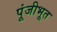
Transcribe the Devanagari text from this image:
पूंजीभूत